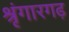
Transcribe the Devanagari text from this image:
श्रृंगारगढ़